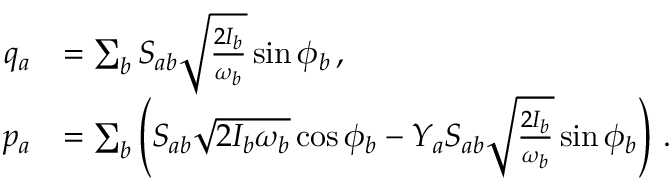
\begin{array} { r l } { q _ { a } } & { = \sum _ { b } S _ { a b } \sqrt { \frac { 2 I _ { b } } { \omega _ { b } } } \sin \phi _ { b } \, , } \\ { p _ { a } } & { = \sum _ { b } \left( S _ { a b } \sqrt { 2 I _ { b } \omega _ { b } } \cos \phi _ { b } - Y _ { a } S _ { a b } \sqrt { \frac { 2 I _ { b } } { \omega _ { b } } } \sin \phi _ { b } \right) \, . } \end{array}